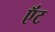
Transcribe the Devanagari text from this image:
ऍंट